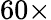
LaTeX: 60\times